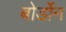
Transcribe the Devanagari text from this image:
बोर्डोन